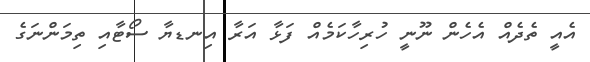
އެއީ ތެދެއް އެހެން ނޫނީ ހުރިހާކަމެއް ފަޅާ އަރާ އިނޑޔާ ސޯޓާއި ތިމަންނަގެ